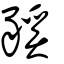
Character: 豯